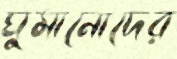
ঘুমানোদের